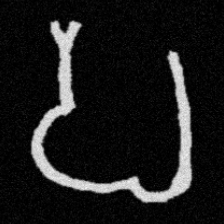
Pyu character \u2014 Myanmar letter: ပ (romanized: pa)